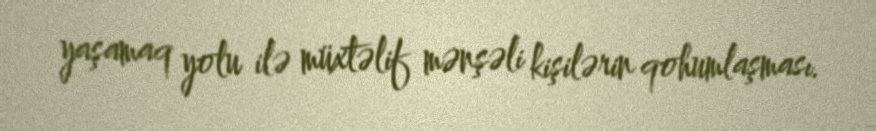
yaşamaq yolu ilə müxtəlif mənşəli kişilərin qohumlaşması.